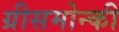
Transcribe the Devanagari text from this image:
ग्रीसमोन्की